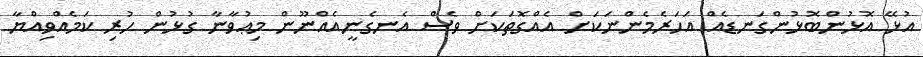
އުޅޭ އޮޅުންބޮޅުންގަނޑެއް އަހަރެމެންނަކަށް އެއްގޮތަކަށް ވެސް އެނގެނީއެއްނޫން މިޢުވާނާ ގުޅުން ހުރި ކަމެއްވިއްޔާ